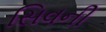
સિવની